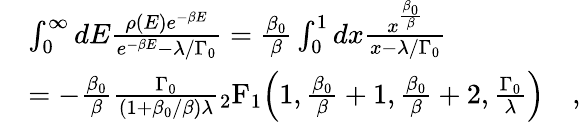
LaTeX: \begin{array}{rl}&{\int_{0}^{\infty}dE\frac{\rho(E)e^{-\beta E}}{e^{-\beta E}-\lambda/\Gamma_{0}}=\frac{\beta_{0}}{\beta}\int_{0}^{1}dx\frac{x^{\frac{\beta_{0}}{\beta}}}{x-\lambda/\Gamma_{0}}}\\ &{=-\frac{\beta_{0}}{\beta}\frac{\Gamma_{0}}{(1+\beta_{0}/\beta)\lambda}\mathstrut_{2}\mathrm{F}_{1}\Big(1,\frac{\beta_{0}}{\beta}+1,\frac{\beta_{0}}{\beta}+2,\frac{\Gamma_{0}}{\lambda}\Big)\quad,}\end{array}